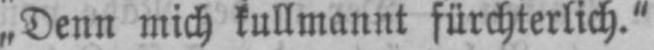
„Denn mich kullmannt fürchterlich.”